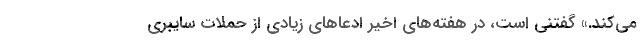
می‌کند.» گفتنی است،‌ در هفته‌های اخیر ادعاهای زیادی از حملات سایبری